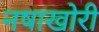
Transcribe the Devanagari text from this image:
नषाखोरी